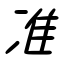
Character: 准